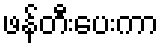
ဖန်တီးပေးကာ